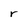
Character: r